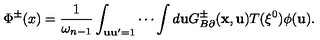
\Phi ^ { \pm } ( x ) = \frac { 1 } { \omega _ { n - 1 } } \int _ { { \bf u u } ^ { \prime } = 1 } \cdots \int d { \bf u } G _ { B \partial } ^ { \pm } ( { \bf x } , { \bf u } ) T ( \xi ^ { 0 } ) \phi ( { \bf u } ) .